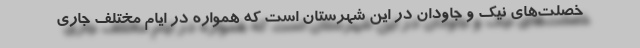
خصلت‌های نیک و جاودان در این شهرستان است که همواره در ایام مختلف جاری